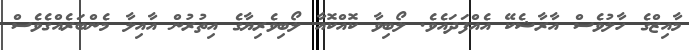
މާއިޒްގެ ހާލުވެސް އާރާޝެކޭ އެއްފަދައެވެ. ލޯބިވާ ކޮއްކޮއާ ލޯބިވެރިޔާގެ އިތުރުން އާއިލާ މެންބަރެއްގެވެސް